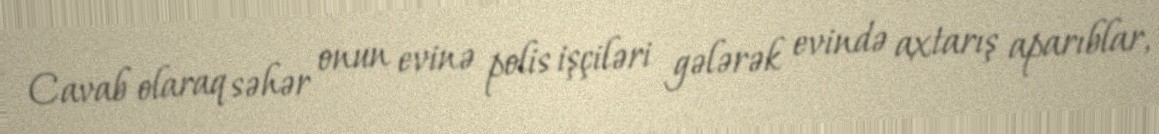
Cavab olaraq səhər onun evinə polis işçiləri gələrək evində axtarış aparıblar,